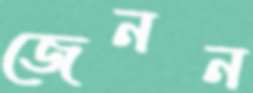
জেনন